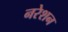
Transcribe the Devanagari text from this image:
नरेशन